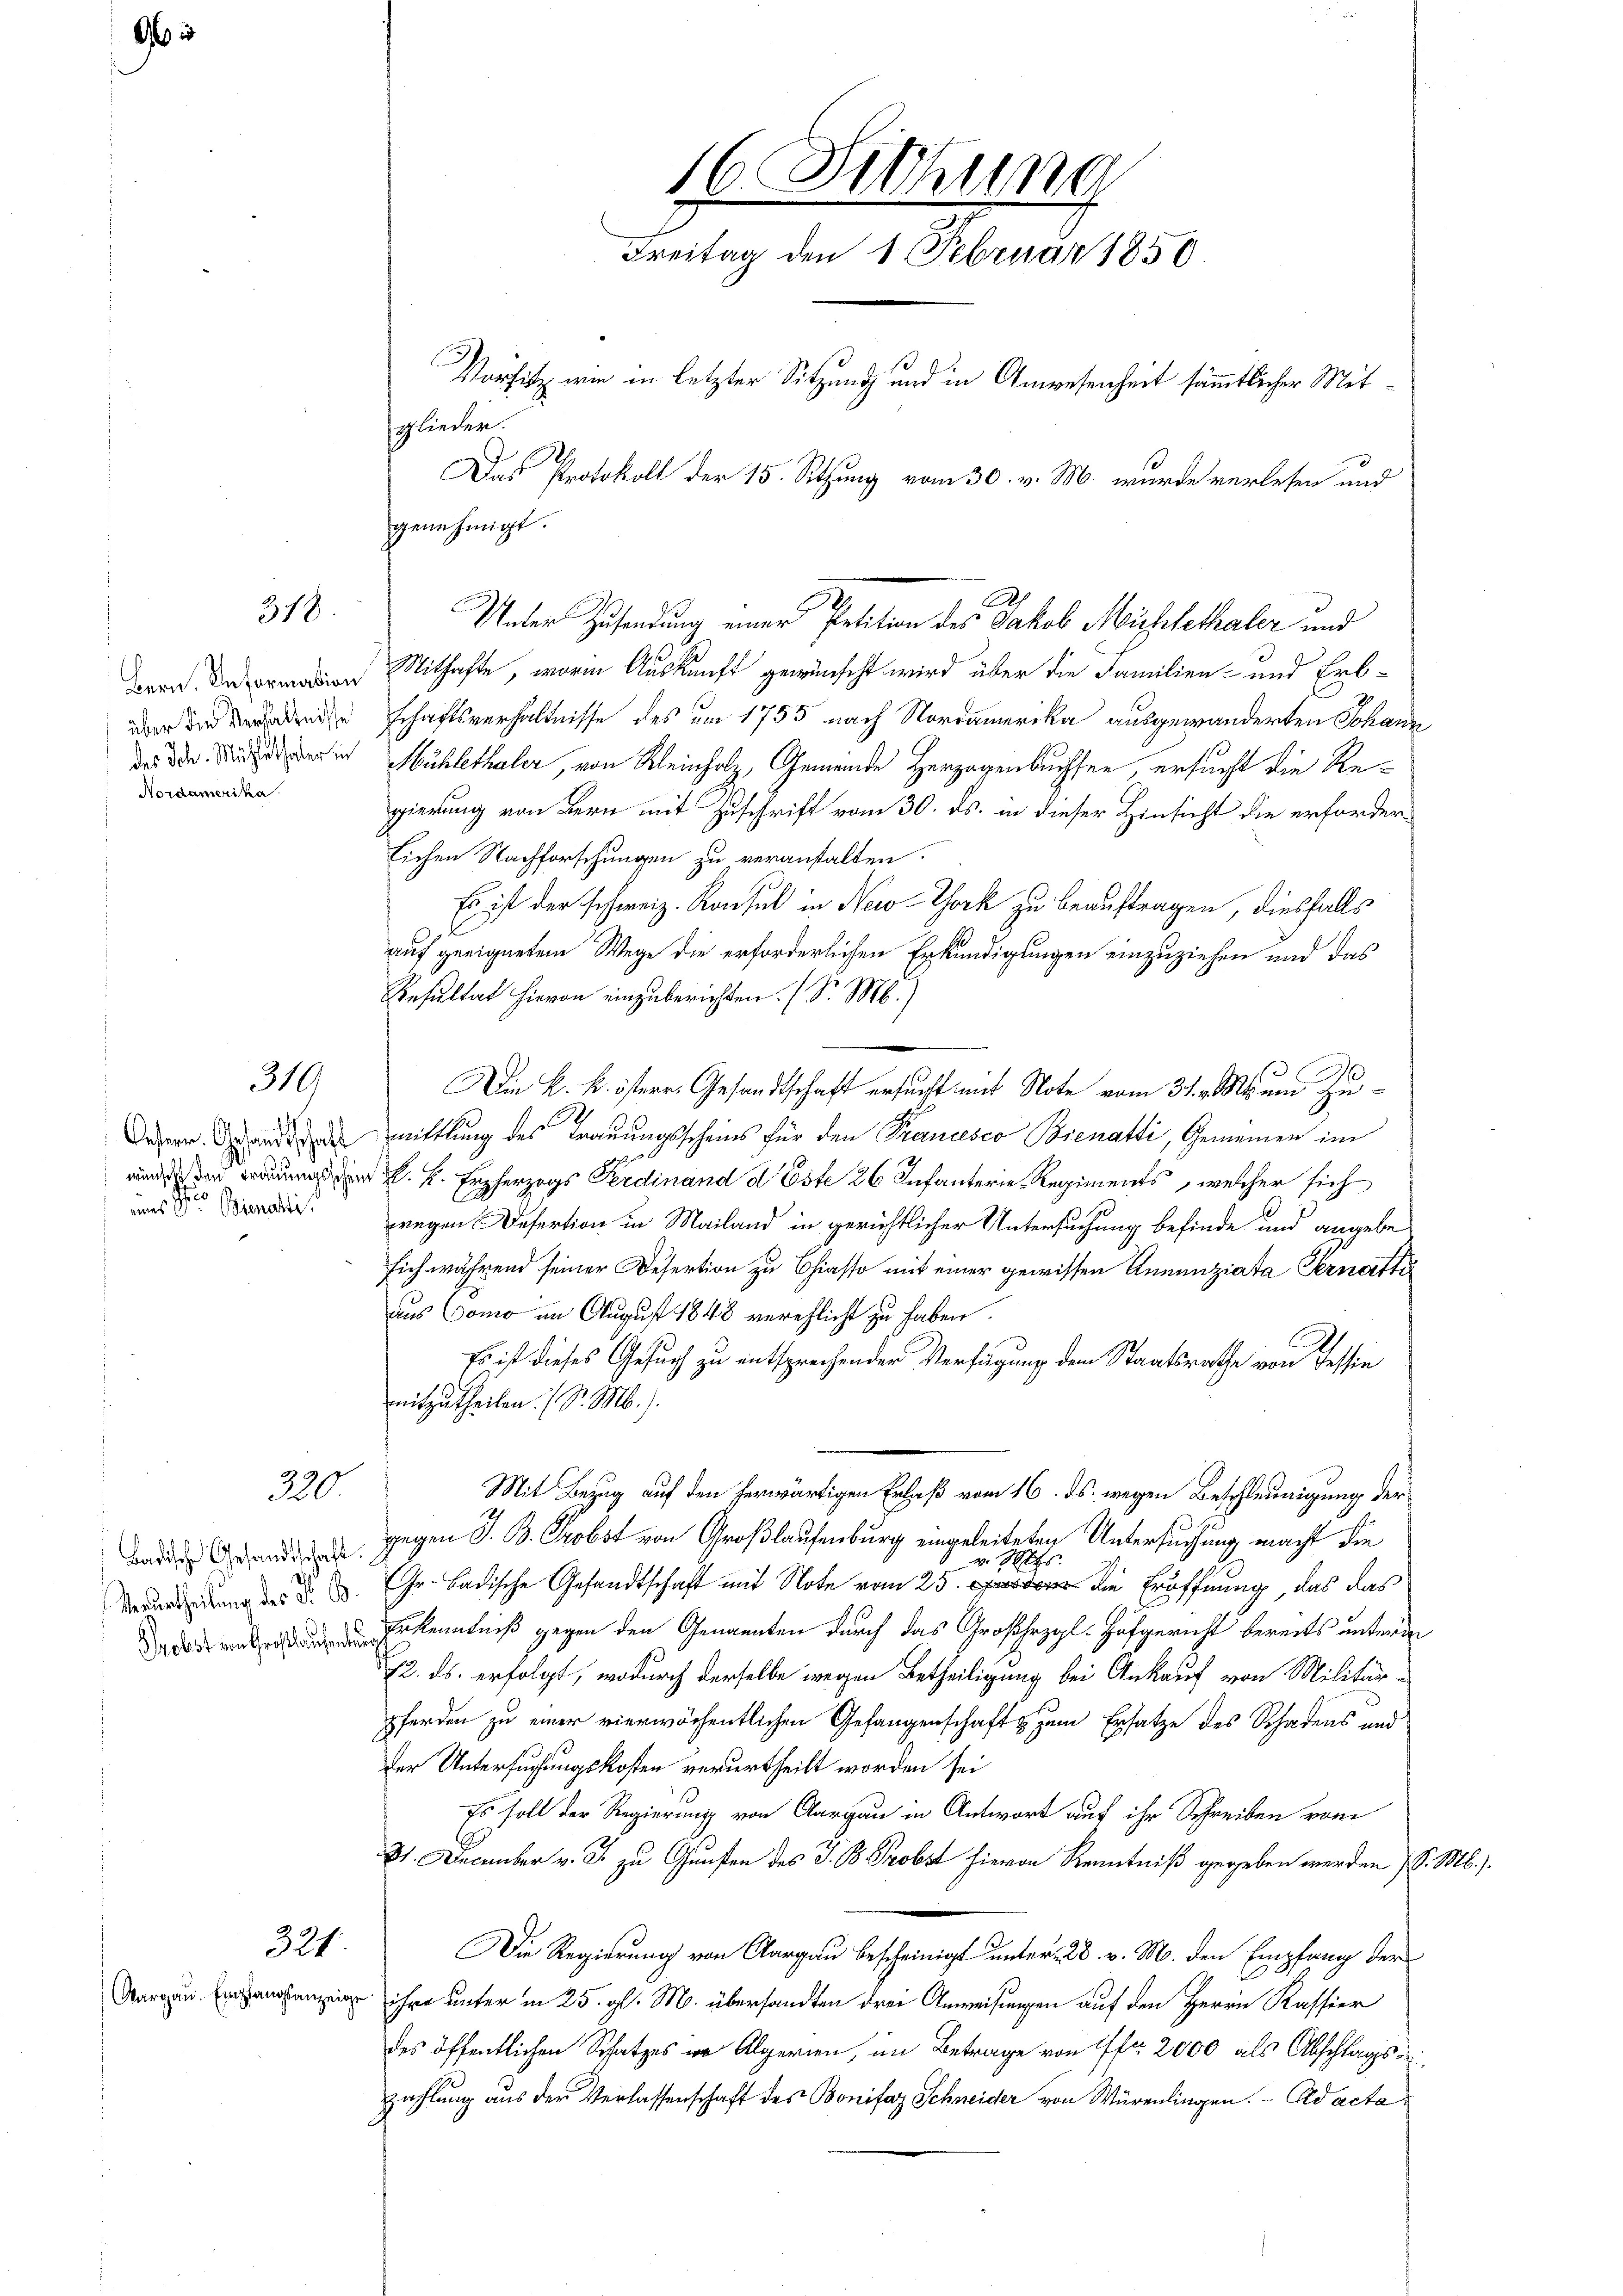
.

318.

Bern. Information
über die Verhältnisse
des Joh. Mühlethaler in
Nordamerika

319

Oesterr. Gesandtschaft
wünscht den Trauungsschen
e
eines der Bienati

320.

Badische Gesandtschaft.
Verurtheilung des F. B.
Probst von Großlaufenber

321
Aargau. Eingangsanzeige

genehmigt.

16. Sitzung
Freitag den 1 Februar 1850.
Vorsitz wie in letzter Sitzung und in Anwesenheit sämmtlicher Mitsglieden.
Das Protokoll der 15. Setzung vom 30. v. M. wurde verlesen und

Mithafte, worin Auskunft gewünscht wird über die Familien- und Erb-
schaftsverhältnisse des um 1755 nach Nordamerika ausgewanderten Johann
Hühlethaler, von Kleinholz, Gemeinde Herzogenbuchsen, ersucht die Regierung von Bern mit Zuschrift vom 30. ds. in dieser Hinsicht die erforderlichen Nachforschungen zu veranstalten.
Es ist der schweiz. Konsul in New-York zu beauftragen, diesfalls
auf geeignetem Wege die erforderlichen Erkundigungen einzuziehen und das
Resultat hievon einzuberichten. (S. M.)
Die k. k. österr. Gesandtschaft ersucht mit Note vom 31. v. Ms. und Zu¬
9
mittlung des Trauungsscheins für den Prancesco Bienatti, Gemeinen im
k. k. Erzherzogs Ferdinand d Este 26. Infanterie-Regiments, welcher sich
wegen Defertion in Mailand in gerichtlicher Untersuchung befinde und angebesich während seiner Desertion zu Chiasso mit einer gewissen Annenziata Fernerttiaus Como an August 1848 verpflicht zu haben.
Es ist dieses Gesuch zu entsprechender Verfügung dem Staatsrathe von Tessin
mitzutheilen. (S. M.).
Mit Bezug auf den herwärtigen Erlaß vom 16. ds. wegen Beschleunigung der
gegen S. B. Probst von Großlaufenburg eingeleiteten Untersuchung macht die
v. Mts.
Gr. Badische Gesandtschaft mit Note vom 25. die Eröffnung, das das
Erkenntniß gegen den Genannten durch das Großhezgl. Hofgericht bereits unterm
72. ds. erfolgt, wodurch derselbe wegen Betheiligung bei Ankauf von Militärpferden zu einer vierwöchentlichen Gefangenschaft & zum Ersatze des Schadens und
der Untersuchungskosten verurtheilt worden sei
Es soll der Regierung von Aargau in Antwort auf ihr Schreiben vom
81. December v. J. zu Gunsten des J. B. Probst hievon Kenntniß gegeben werden (S. M.).
Die Regierung von Aargau bescheinigt unter 28. v. M. den Empfang der
ihre unter in 25. gl. M. übersandten drei Anweisungen auf den Herrn Kassier
des öffentlichen Schatzes in Algerien, im Betrage von 1fr. 2000 als Abschlags
zahlung aus der Verlassenschaft des Bonifaz Schneider von Würenlingen. Ad acta

Unter Zusendung einer Petition des Jakob Müchlethaler und